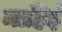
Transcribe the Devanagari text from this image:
माहिई